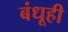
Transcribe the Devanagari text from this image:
बंधूही